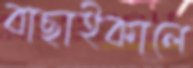
বাছাইকালে